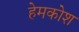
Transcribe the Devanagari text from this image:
हेमकोश